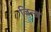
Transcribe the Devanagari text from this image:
जिन्त